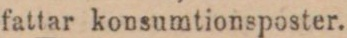
fattar konsumtionsposter.